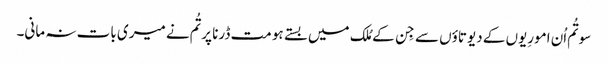
سو تُم اُن امورِیوں کے دیوتاؤں سے جِن کے مُلک میں بستے ہو مت ڈرنا پر تُم نے میری بات نہ مانی۔